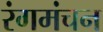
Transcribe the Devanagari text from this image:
रंगमंचन